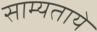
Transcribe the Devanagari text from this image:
साम्यताये